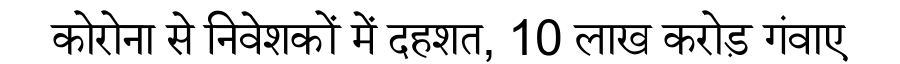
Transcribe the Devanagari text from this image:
कोरोना से निवेशकों में दहशत, 10 लाख करोड़ गंवाए